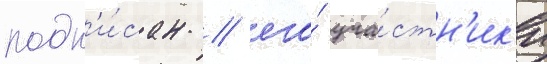
подп'и́сан / его́ уча́стн'ик'и